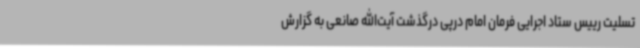
تسلیت رییس ستاد اجرایی فرمان امام درپی درگذشت آیت‌الله صانعی به گزارش